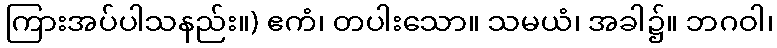
ကြားအပ်ပါသနည်း။) ဧကံ၊ တပါးသော။ သမယံ၊ အခါ၌။ ဘဂဝါ၊